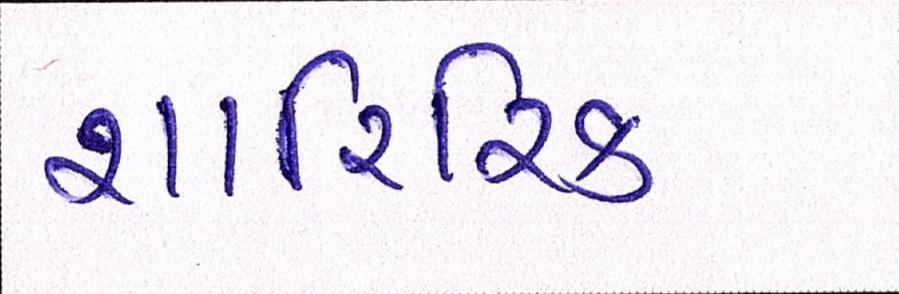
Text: શારિરિક